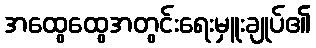
အထွေထွေအတွင်းရေးမှူးချုပ်၏